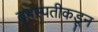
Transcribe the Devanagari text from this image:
बृहस्पतीकडून